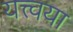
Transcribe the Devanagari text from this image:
यत्त्वया